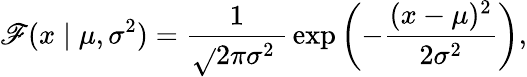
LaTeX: \mathscr{F}(x\mid\mu,\sigma^{2})={\frac{{1}}{{{\sqrt{}{{2\pi\sigma^{2}}}}\ }}}\exp\left(-{\frac{{(x-\mu)^{2}}}{{2\sigma^{2}}}}\right),